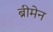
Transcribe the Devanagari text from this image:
ब्रीमेन